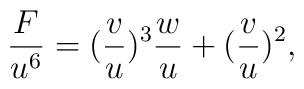
\frac{F}{u^6} = (\frac{v}{u})^3 \frac{w}{u} + (\frac{v}{u})^2 ,